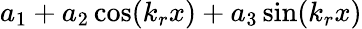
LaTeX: a_{1}+a_{2}\cos(k_{r}x)+a_{3}\sin(k_{r}x)